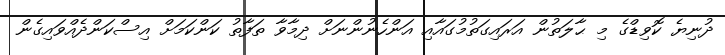
ދުނިޔެ ކޮވިޑްގެ މި ޙާލަތުން އަރައިގަތުމުގައާއި އަންހެނުންނަށް ދިމާވާ ތަފާތު ކަންކަމަށް އިސްކަންދެއްވައިގެން